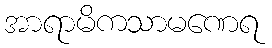
အာရာမိကသာမဏေရ